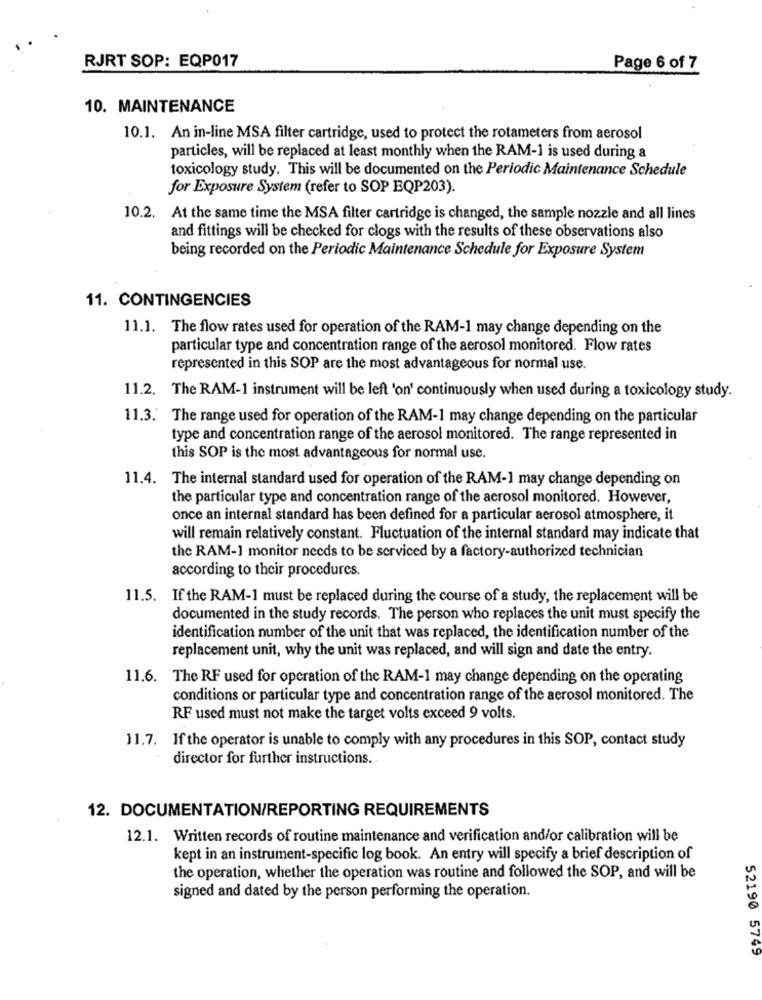
RJRT SOP: EQP017
Page 6 of 7
10. MAINTENANCE
10.1. An in-line MSA filter cartridge, used to protect the rotameters from aerosol
particles, will be replaced at least monthly when the RAM-1 is used during a
toxicology study. This will be documented on the Periodic Maintenance Schedule
for Exposure System (refer to SOP EQP203).
10.2. At the same time the MSA filter cartridge is changed, the sample nozzle and all lines
and fittings will be checked for clogs with the results of these observations also
being recorded on the Periodic Maintenance Schedule for Exposure System
11. CONTINGENCIES
11.1. The flow rates used for operation of the RAM-1 may change depending on the
particular type and concentration range of the aerosol monitored. Flow rates
represented in this SOP are the most advantageous for normal use.
11.2. The RAM-1 instrument will be left 'on' continuously when used during a toxicology study.
11.3. The range used for operation of the RAM-1 may change depending on the particular
type and concentration range of the aerosol monitored. The range represented in
this SOP is the most advantageous for normal use.
11.4. The internal standard used for operation of the RAM-1 may change depending on
the particular type and concentration range of the acrosol monitored. However,
once an internal standard has been defined for a particular aerosol atmosphere, it
will remain relatively constant. Fluctuation of the internal standard may indicate that
the RAM-1 monitor needs to be serviced by a factory-authorized technician
according to their procedures.
11.5. If the RAM-1 must be replaced during the course of a study, the replacement will be
documented in the study records. The person who replaces the unit must specify the
identification number of the unit that was replaced, the identification number of the
replacement unit, why the unit was replaced, and will sign and date the entry.
11.6. The RF used for operation of the RAM-1 may change depending on the operating
conditions or particular type and concentration range of the aerosol monitored. The
RF used must not make the target volts exceed 9 volts.
11.7. If the operator is unable to comply with any procedures in this SOP, contact study
director for further instructions.
12. DOCUMENTATION/REPORTING REQUIREMENTS
12.1. Written records of routine maintenance and verification and/or calibration will be
kept in an instrument-specific log book. An entry will specify a brief description of
the operation, whether the operation was routine and followed the SOP, and will be
signed and dated by the person performing the operation.
52190 5749